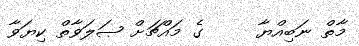
މާތް ނަބިއްޔާ     ގެ މައްޗަށް ޞަލަވާތް ކިޔަވާ